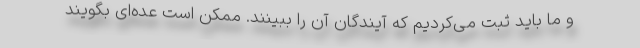
و ما باید ثبت می‌کردیم که آیندگان آن را ببینند. ممکن است عده‌ای بگویند